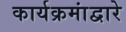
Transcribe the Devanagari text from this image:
कार्यक्रमांद्वारे